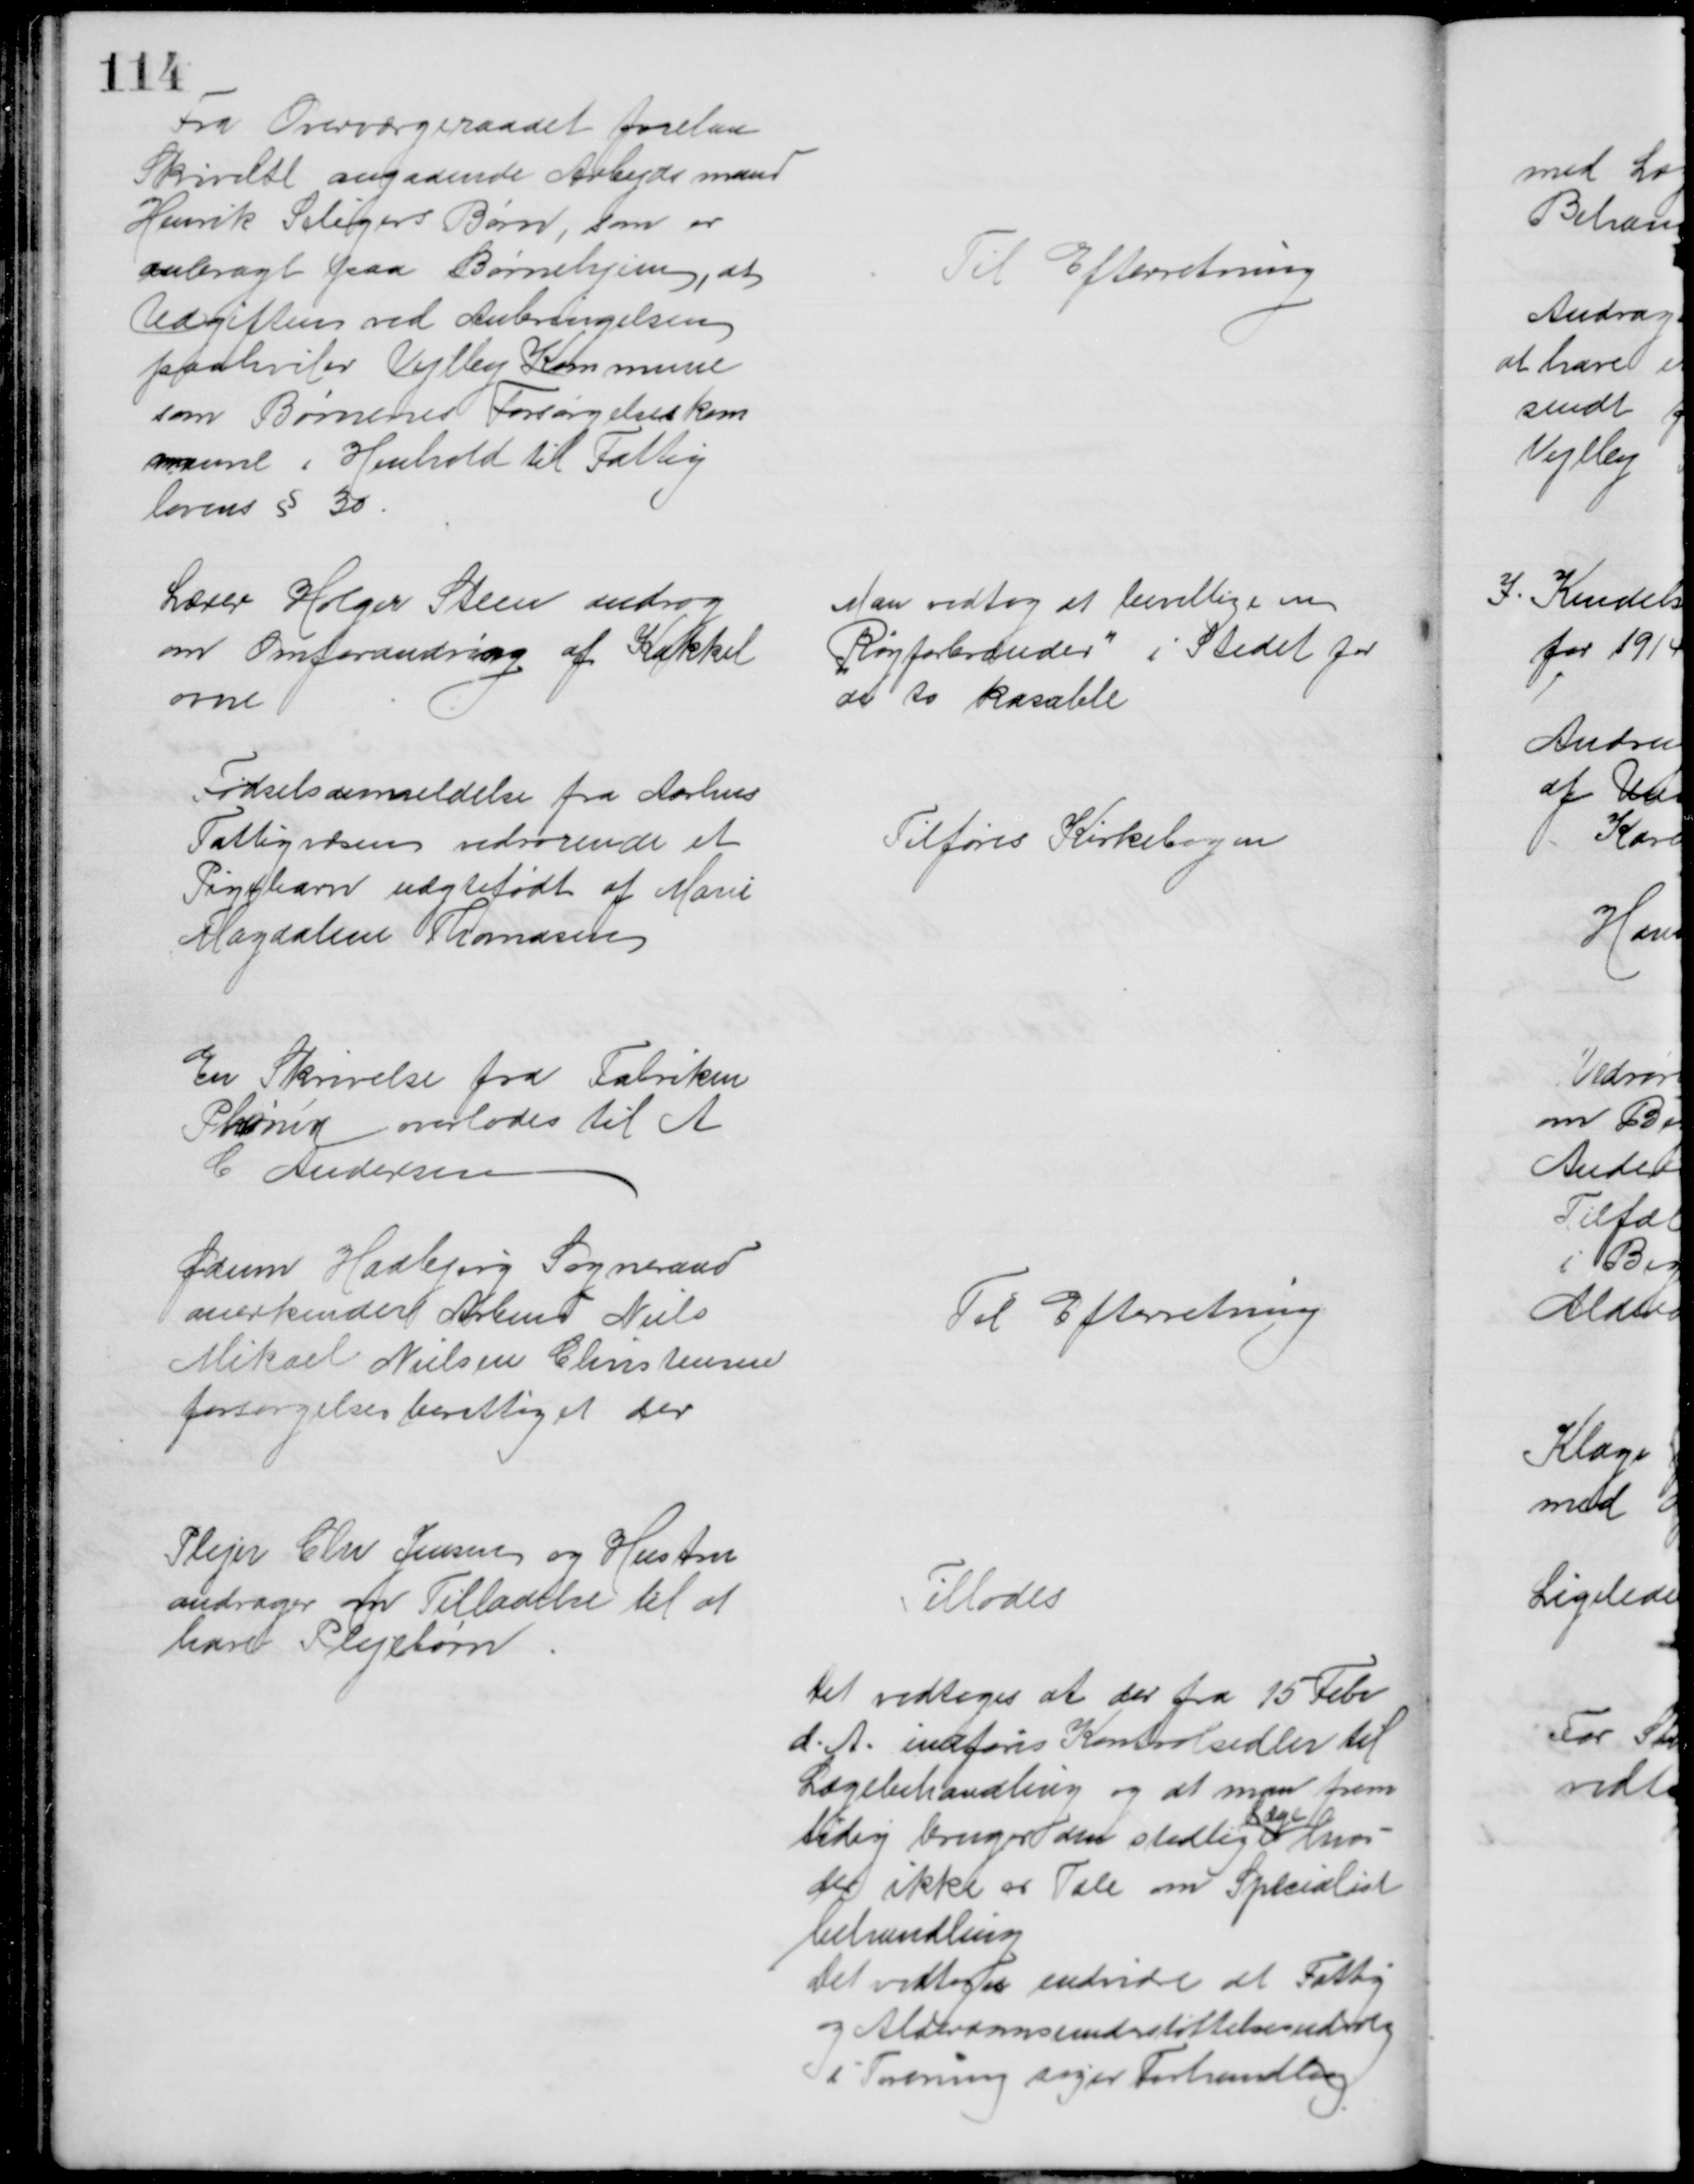
Transskription:
Fra Overværgeraadet forelaa 
Skrivelse angaaende Arbejdsmand
Henrik Seligers Børn, som er
anbragt paa Børnehjem, at
Udgiften ved Anbringelsen
paahviler Vejlby Kommune
som Børnenes Forsørgelseskom
mune  i Henhold til Fattig
lovens § 30
Til Efterretning
Lærer Holger Steen androg
om Omforandring af Kakkel
ovne
Man vedtog at bevillige en 
"Røgforbrænder" i Stedet for
de to kasable
Fødselsanmeldelse fra Aarhus
Fattigvæsen vedrørende et 
Pigebarn uægtefødt af Marie
Magdalene Thomasen
Tilføres Kirkebogen
En Skrivelse fra Fabriken
Phønix overlodes til A
C Andersen
Ødum Hadbjerg Sogneraad
anerkender Arbmd Niels
Mikael Nielsen Christensen
forsørgelsesberettiget der
Til Efterretning
Plejer Chr Jensen og Hustru
andrager om Tilladelse til at
have Plejebørn
Tillodes
Det vedtoges at der fra 15 Febr
d. A. indføres Kontrolsedler til
Lægebehandling og at man frem
tidig bruger den stedlig 
Læge
hvis
der ikke er Tale om Specialist
behandling
Det vedtoges endvidre at Fattig
og Alderdomsunderstøttelsesudvalg
i Forening søger Forhandling